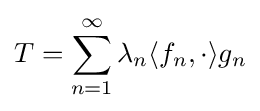
T=\sum _{n=1}^{\infty }\lambda _{n}\langle f_{n},\cdot \rangle g_{n}